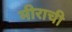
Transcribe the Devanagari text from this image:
मीराची